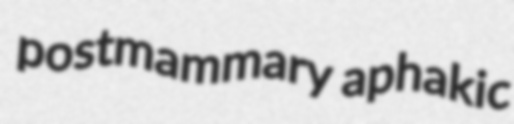
postmammary aphakic